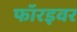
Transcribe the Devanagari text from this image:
फॉरइवर